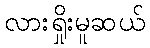
လားရှိုးမူဆယ်